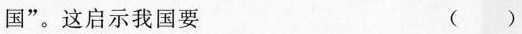
国”。这启示我国要（）